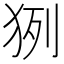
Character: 𤞊